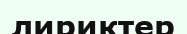
лириктер